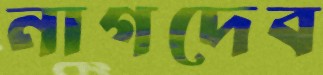
নাগদেব